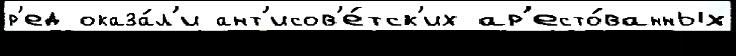
р'ед оказа́л'и ант'исов'е́тск'их ар'есто́ванных